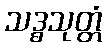
သဒ္ဓသုတ္တံ